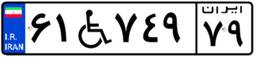
۶۱W۷۴۹۷۹